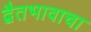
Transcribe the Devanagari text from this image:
द्वैतभावाचा